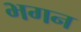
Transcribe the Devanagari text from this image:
भगन